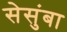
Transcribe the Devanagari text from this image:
सेसुंबा